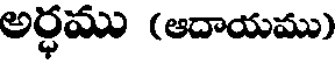
అర్ధము (ఆదాయము)